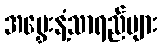
အမွှေးနံ့သာရည်များ